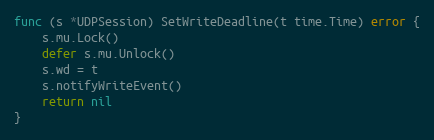
Language: Go
func (s *UDPSession) SetWriteDeadline(t time.Time) error {
	s.mu.Lock()
	defer s.mu.Unlock()
	s.wd = t
	s.notifyWriteEvent()
	return nil
}